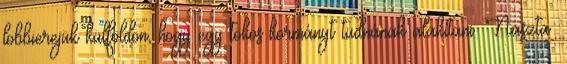
lobbierejük külföldön, hogy egy tökös kormányt tudnának alakítani. Naszta: